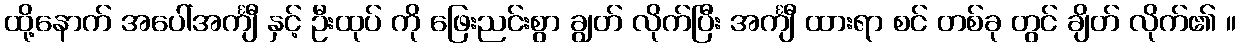
ထို့နောက် အပေါ်အင်္ကျီ နှင့် ဦးထုပ် ကို ဖြေးညင်းစွာ ချွတ် လိုက်ပြီး အင်္ကျီ ထားရာ စင် တစ်ခု တွင် ချိတ် လိုက်၏ ။